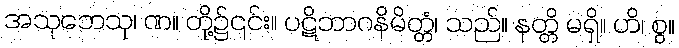
အသုဘေသု၊ ဏ။ တို့၌၎င်း။ ပဋိဘာဂနိမိတ္တံ၊ သည်။ နတ္တိ မရှိ။ ဟိ၊ စွ။